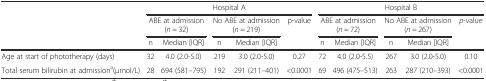
|  | <COLSPAN=5> Hospital A | <COLSPAN=5> Hospital B |
 |  | <COLSPAN=2> ABE at admission (n = 32) | <COLSPAN=2> No ABE at admission (n = 219) | <ROWSPAN=2> p-value | <COLSPAN=2> ABE at admission (n = 72) | <COLSPAN=2> No ABE at admission (n = 267) | <ROWSPAN=2> p-value |
 |  | n | Median [IQR] | n | Median [IQR] | n | Median [IQR] | n | Median [IQR] |
 | --- | --- | --- | --- | --- | --- | --- | --- | --- | --- | --- |
 | Age at start of phototherapy (days) | 32 | 4.0 (2.0-5.0) | 219 | 3.0 (2.0-5.0) | 0.27 | 72 | 4.0 (2.0-5.5) | 267 | 3.0 (2.0-5.0) | 0.10 |
 | Total serum bilirubin at admissiona(μmol/L) | 28 | 694 (581–795) | 192 | 291 (211–401) | <0.0001 | 69 | 496 (475–513) | 263 | 287 (210–393) | <0.0001 |